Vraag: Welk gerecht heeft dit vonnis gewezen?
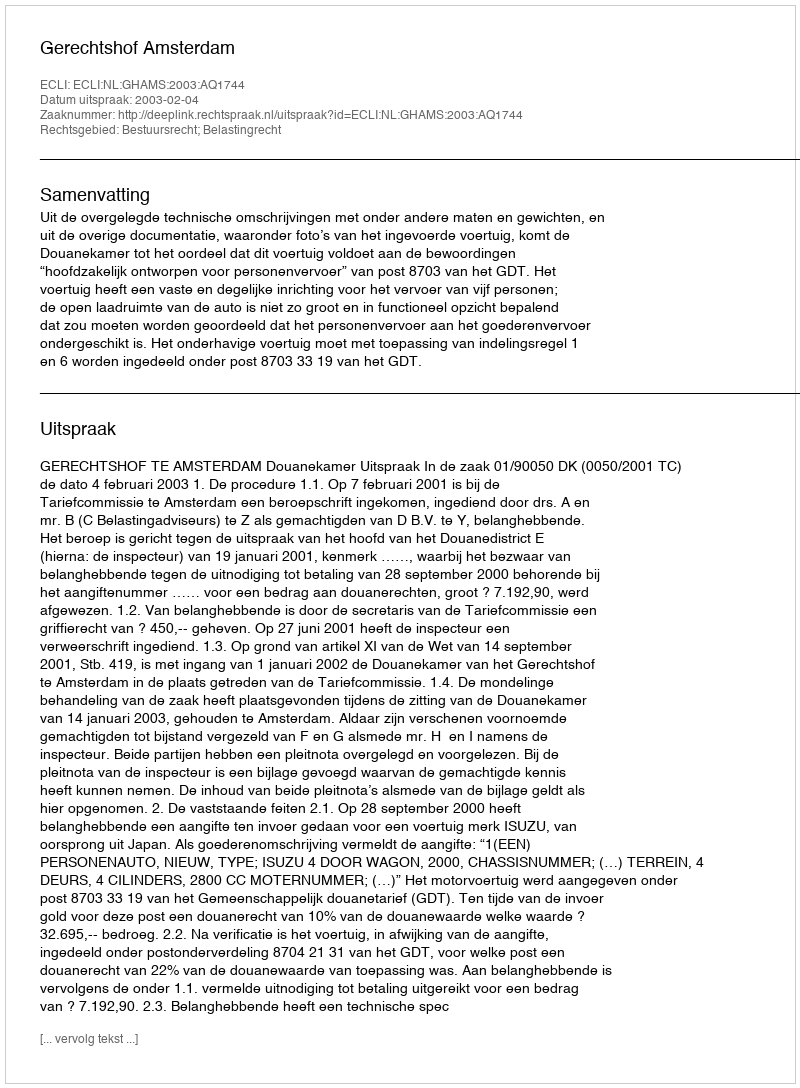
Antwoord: Gerechtshof Amsterdam